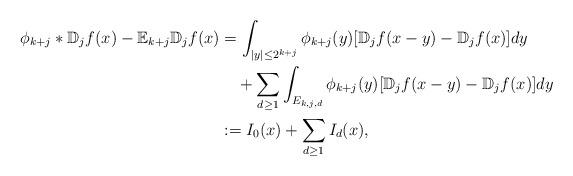
LaTeX: \begin{align*}\phi_{k+j}\ast\mathbb D_jf(x)-\mathbb E_{k+j}\mathbb D_{j}f(x)&=\int_{|y|\le 2^{k+j}}\phi_{k+j}(y)[\mathbb D_jf(x-y)-\mathbb D_jf(x)]dy\\&\quad+\sum_{d\ge1}\int_{E_{k,j,d}}\phi_{k+j}(y)[\mathbb D_jf(x-y)-\mathbb D_jf(x)]dy\\&:= I_0(x)+\sum_{d\ge1}I_d(x),\end{align*}